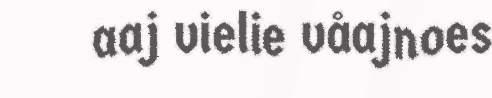
aaj vielie våajnoes